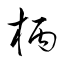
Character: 柄